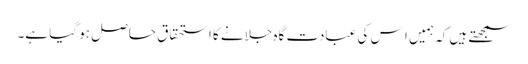
سمجھتے ہیں کہ ہمیں ا س کی عبادت گاہ جلانے کا استحقاق حاصل ہو گیا ہے۔